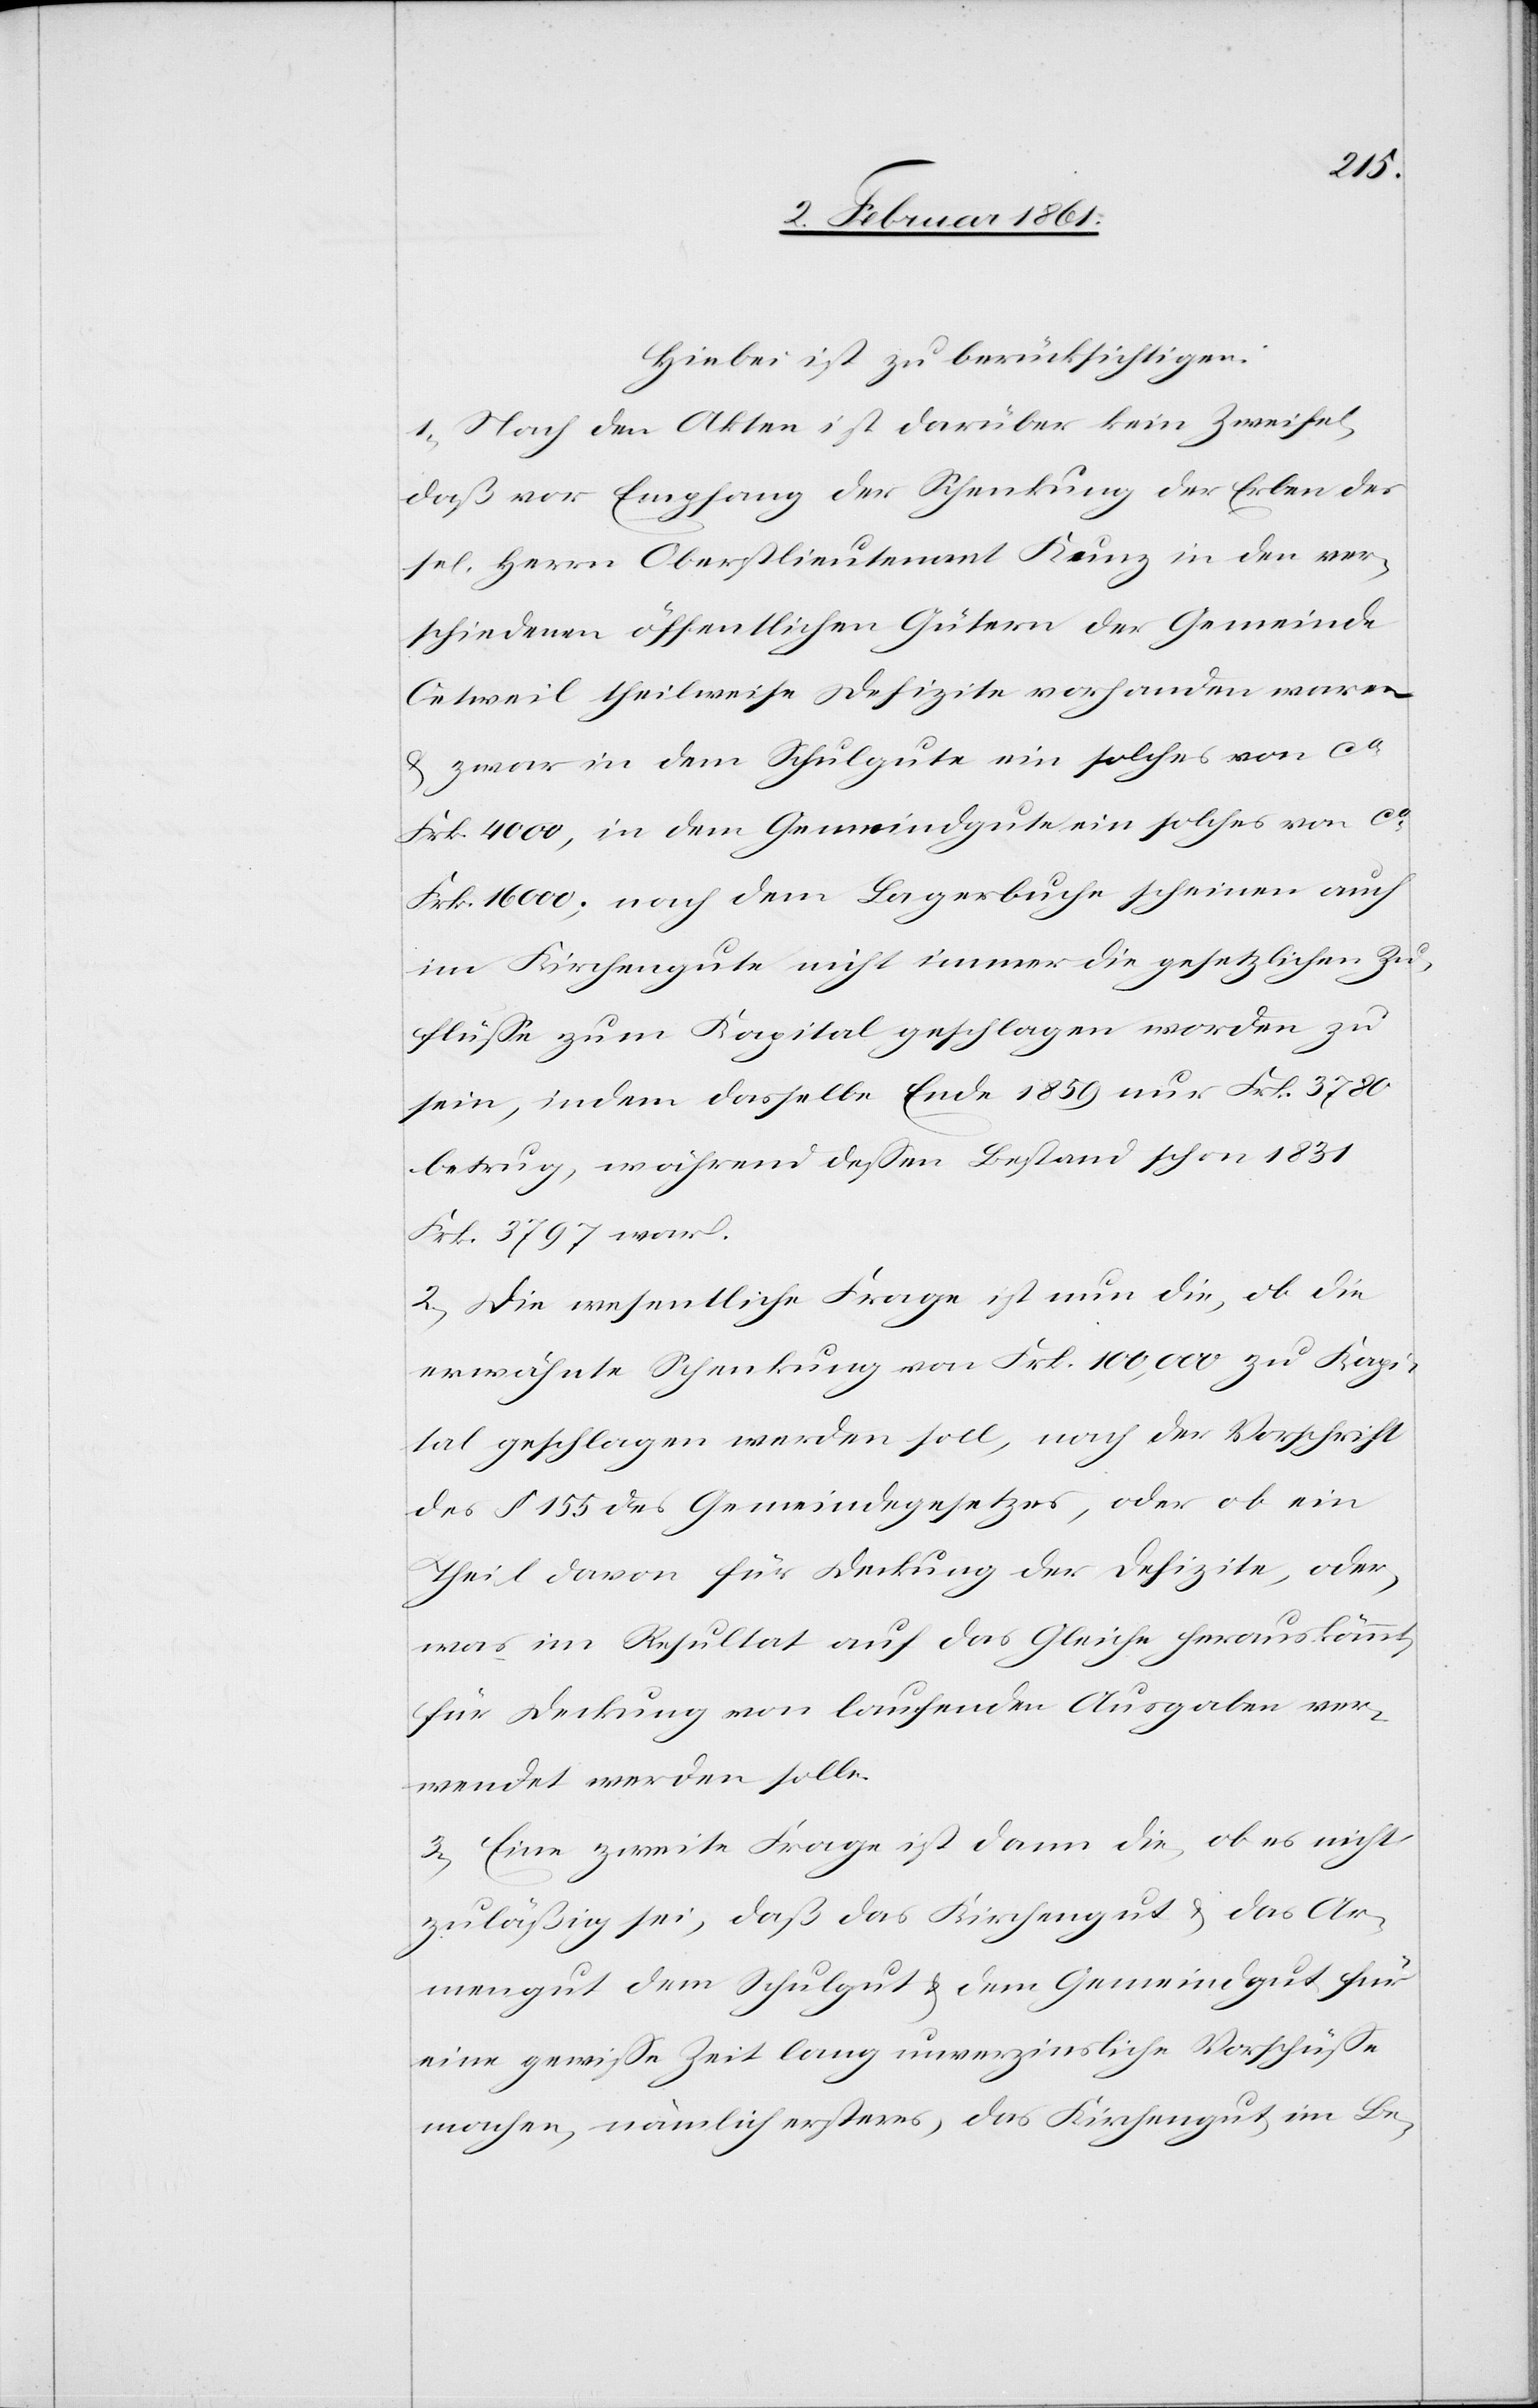
Hiebei ist zu berücksichtigen:
1) Nach den Akten ist darüber kein Zweifel,
daß vor Empfang der Schenkung der Erben des
sel. Herrn Oberstlieutenant Kunz in den ver¬
schiedenen öffentlichen Gütern der Gemeinde
Oetweil theilweise Defizite vorhanden waren
u. zwar in dem Schulgute ein solches von ca
Frk. 16 000; nach dem Lagerbuche scheinen auch
im Kirchengute nicht immer die gesetzlichen Zu¬
flüsse zum Kapital geschlagen worden zu
sein, indem dasselbe Ende 1859 nur Frk. 3780
betrug, während dessen Bestand schon 1831
Frk. 3797 war.
2) Die wesentliche Frage ist nun die, ob die
erwähnte Schenkung von Frk. 100,000 zu Kapi¬
tal geschlagen werden soll, nach der Vorschrift
des §. 155 des Gemeindegesetzes, oder ob ein
Theil davon für Deckung der Defizite, oder,
was im Resultat auf das Gleiche herauskömmt,
für Deckung von laufenden Ausgaben ver¬
wendet werden solle.
3) Eine zweite Frage ist dann die, ob es nicht
zuläßig sei, daß das Kirchengut u. das Ar¬
mengut dem Schulgut u. dem Gemeindgut für
eine gewisse Zeit lang unverzinsliche Vorschüsse
machen, nämlich erstens, das Kirchengut im Be-